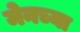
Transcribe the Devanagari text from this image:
मेनच्या